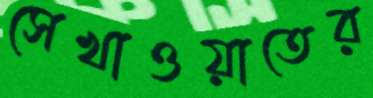
সেখাওয়াতের